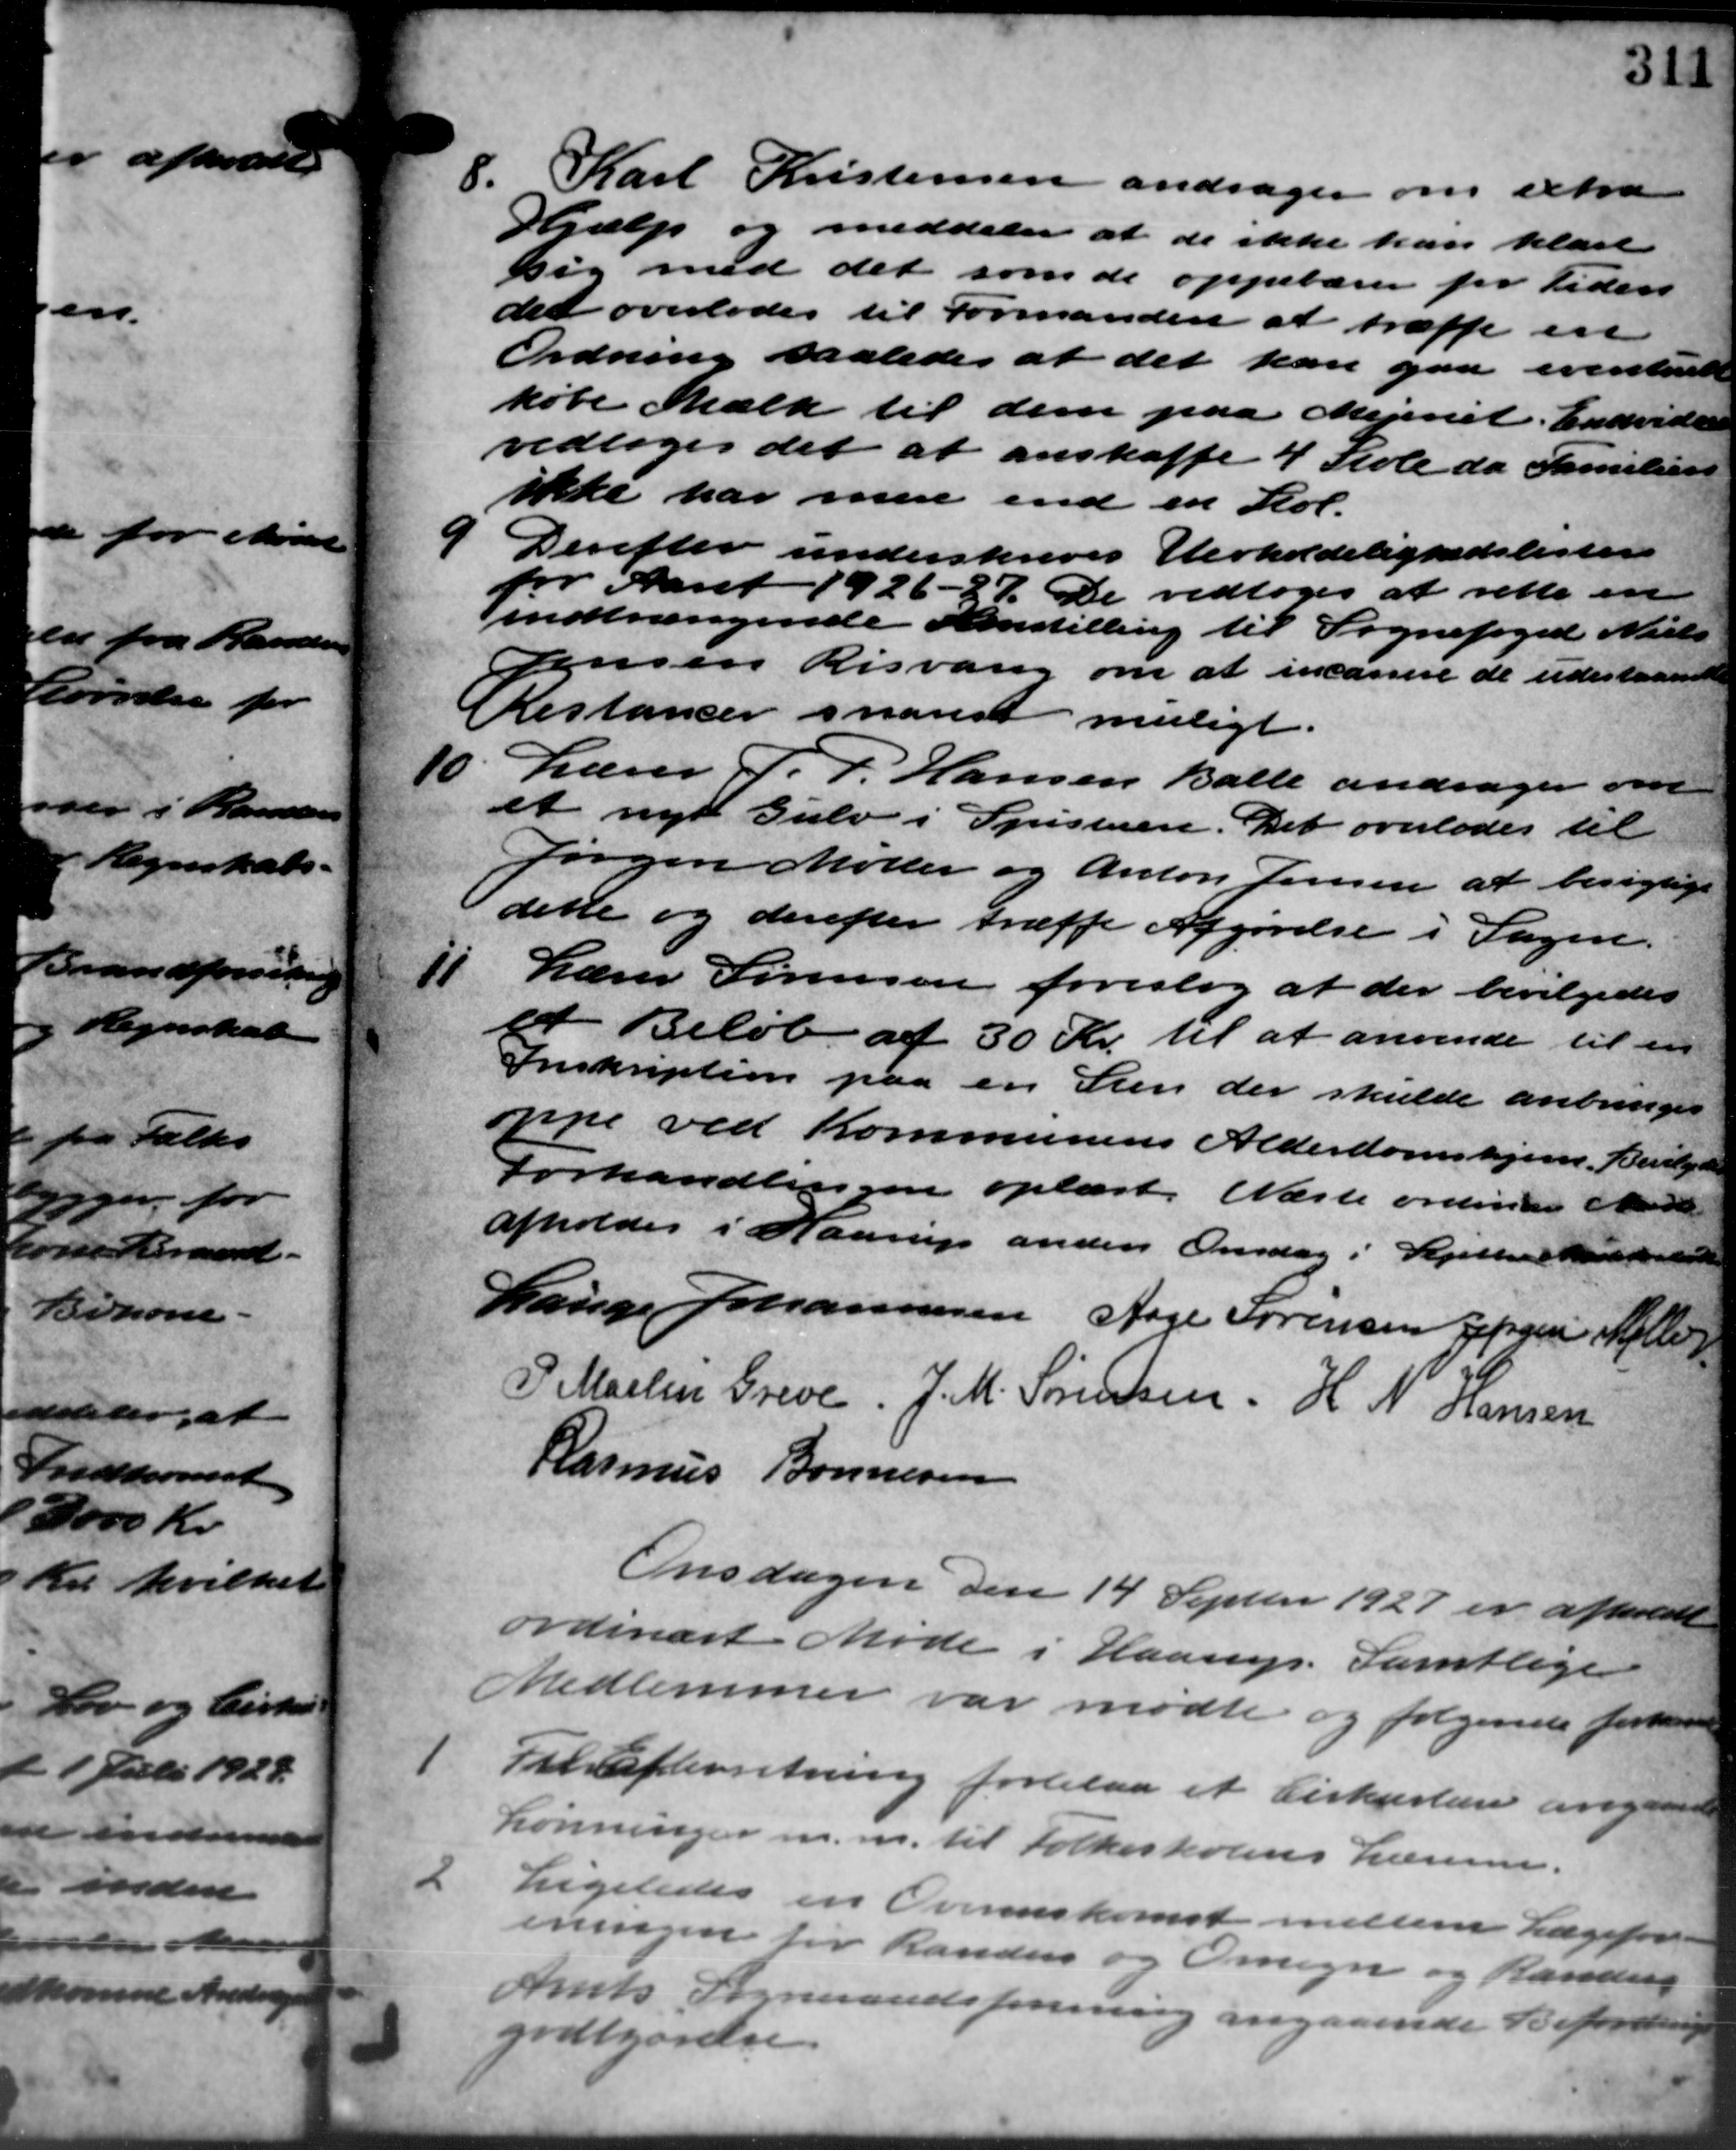
Transskription:
8. Karl Kristensen andrager om extra
8. Karl Kristensen andrager om extra
Hjælp og meddeler at de ikke han klare
sig med det som de oppebærer for Peders
det overlodes til Formanden at træffe en
Ordning saaledes at det kan gaa eventuelt
købe Mælk til dem paa Mejeriet. Endvidere
vedtoges det at anskaffe 4 Skole da Familien
ikke har men end en Stol.

Derefter underskreves Herholdelighedslister
for Aaret 1926 – 37. De vedtoges at rette en
indtrængende Amstilling til Sognefoged Niels
Jensen Risvang om at incassere de udestaaende
Restancer snarest muligt
10. Lærer P. P. Hansen Balle andrager om
10. Lærer P. P. Hansen Balle andrager om
et nye Gulv i Spisteren. Det overlodes til
Jørgen Møller og Anton Jensen at besigtige
dette og derefter træffe Afgørelse i Sagen.
11
Lærer Sørensen foreslog at der bevilgedes
Beløb af 30 Kr. til at anvende til en
Inskription paa en Sten der skulde anbringes
oppe ved Kommunens Alderdomshjem. Bevilgedes
Forhandlingen oplæst. Næste ordinære Mande
afholdes i Haarup anden Onsdag i Septerer Karlebords
Lauge Johannesen Aage Sørensen Jørgen Mølle
P. Martin Greve. J. M. Sørensen. H. N. Hansen
Rasmus Bonnesen
Onsdagen den 14 Septbr. 1927 er afholdte
ordinært Møde i Haarup. Samtlige
Medlemmer var mødte og følgende forhand
1
Til Efterretning forelaa et Cirkulære ang
Lønninger m.m. til Folkeskolens Lærerne.
2
Ligeledes en Overenskomst mellem Lægefor-
eningen for Randers og Omegn og Rander
Amts Sogneraadsforening angaaende Befordes
godtgørelse.